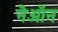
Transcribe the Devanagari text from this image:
नैऑन